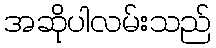
အဆိုပါလမ်းသည်